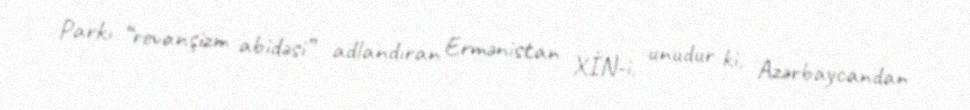
Parkı “revanşizm abidəsi” adlandıran Ermənistan XİN-i, unudur ki, Azərbaycandan